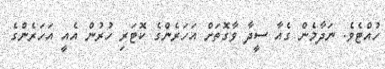
ހުއްޓެވެ. ނަދާމެން ގެއާ ސީދާ ވާގޮތަށް އަހަރެންގެ ކޮޓަރި ހުރުން އެއީ އަހަރެންގެ